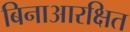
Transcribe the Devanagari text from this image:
बिनाआरक्षित